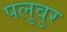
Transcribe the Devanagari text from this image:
पलुवुर